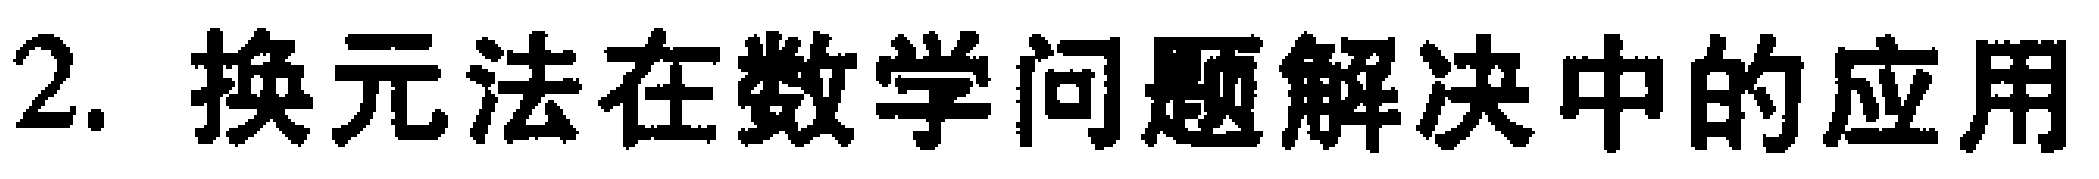
2. 换元法在数学问题解决中的应用